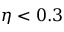
\eta < 0 . 3